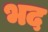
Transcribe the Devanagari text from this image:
भद